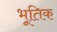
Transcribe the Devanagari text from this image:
भूतिक